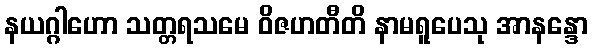
နယဂ္ဂါဟော သတ္တရသမေ ဝိဇဟတီတိ နာမရူပေသု အာနန္ဒော